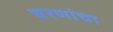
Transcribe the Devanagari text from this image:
चरणांचा